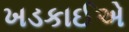
ખડકાઈએ